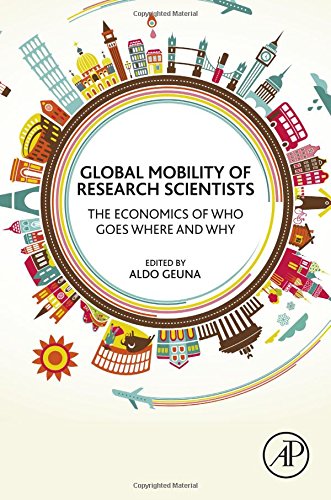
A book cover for Global Mobility of Research Scientists: The Economics of Who Goes Where and Why; Business & Money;